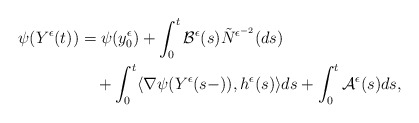
\begin{align*}\begin{aligned}\psi(Y^{\epsilon}(t))&=\psi(y^{\epsilon}_{0})+\int_0^t\mathcal{B}^{\epsilon}(s)\tilde{N}^{\epsilon^{-2}}(ds)\\&\quad+\int_0^t\langle\nabla\psi(Y^{\epsilon}(s-)),h^{\epsilon}(s)\rangle ds+\int_0^t\mathcal{A}^{\epsilon}(s)ds,\end{aligned}\end{align*}